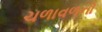
ચળાવળનો